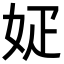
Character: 𡛫